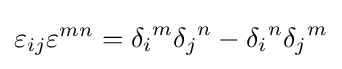
\varepsilon _{ij}\varepsilon ^{mn}={\delta _{i}}^{m}{\delta _{j}}^{n}-{\delta _{i}}^{n}{\delta _{j}}^{m}